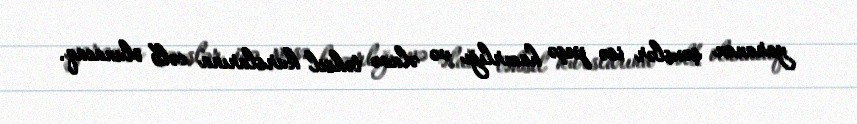
yaranan şəxslər isə peşə hazırlığı və əlavə təhsil kurslarına cəlb olunacaq.